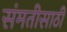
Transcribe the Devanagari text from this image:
संमतीसाठी